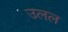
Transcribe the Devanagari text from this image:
उलल